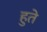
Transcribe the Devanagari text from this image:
हुते